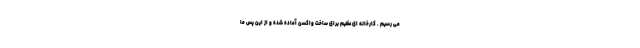
می رسیم . کارخانه ای عظیم برای ساخت واکسن آماده شده و از این پس ما